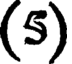
(5)